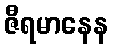
ဇီရမာနေန